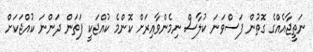
ނަތީޖާއެއްގެ ގޮތުން ފަސްވަނަ ކުލާސް ނިމެންވާއިރަށް ކޮންމެ ކުއްޖަކީ ފަތަން ދަންނަ ކުއްޖަކަށް